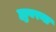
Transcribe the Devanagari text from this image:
ह्युबरना